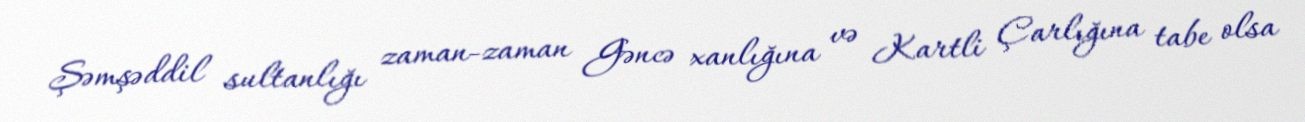
Şəmşəddil sultanlığı zaman-zaman Gəncə xanlığına və Kartli Çarlığına tabe olsa